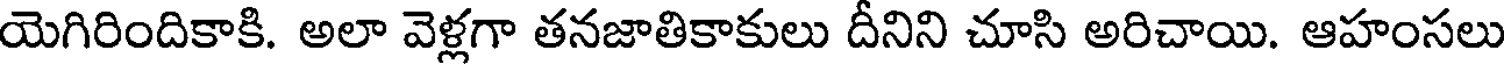
యెగిరిందికాకి. అలా వెళ్లగా తనజాతికాకులు దీనిని చూసి అరిచాయి. ఆహంసలు